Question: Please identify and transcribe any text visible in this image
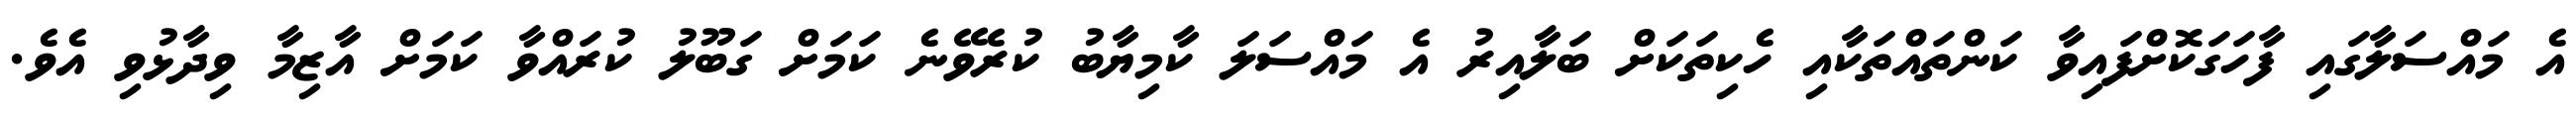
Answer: އެ މައްސަލާގައި ފާހަގަކޮށްފައިވާ ކަންތައްތަކާއި ހެކިތަކަށް ބަލާއިރު އެ މައްސަލަ ކާމިޔާބު ކުރެވޭނެ ކަމަށް ގަބޫލު ކުރައްވާ ކަމަށް އާޒިމާ ވިދާޅުވި އެވެ.